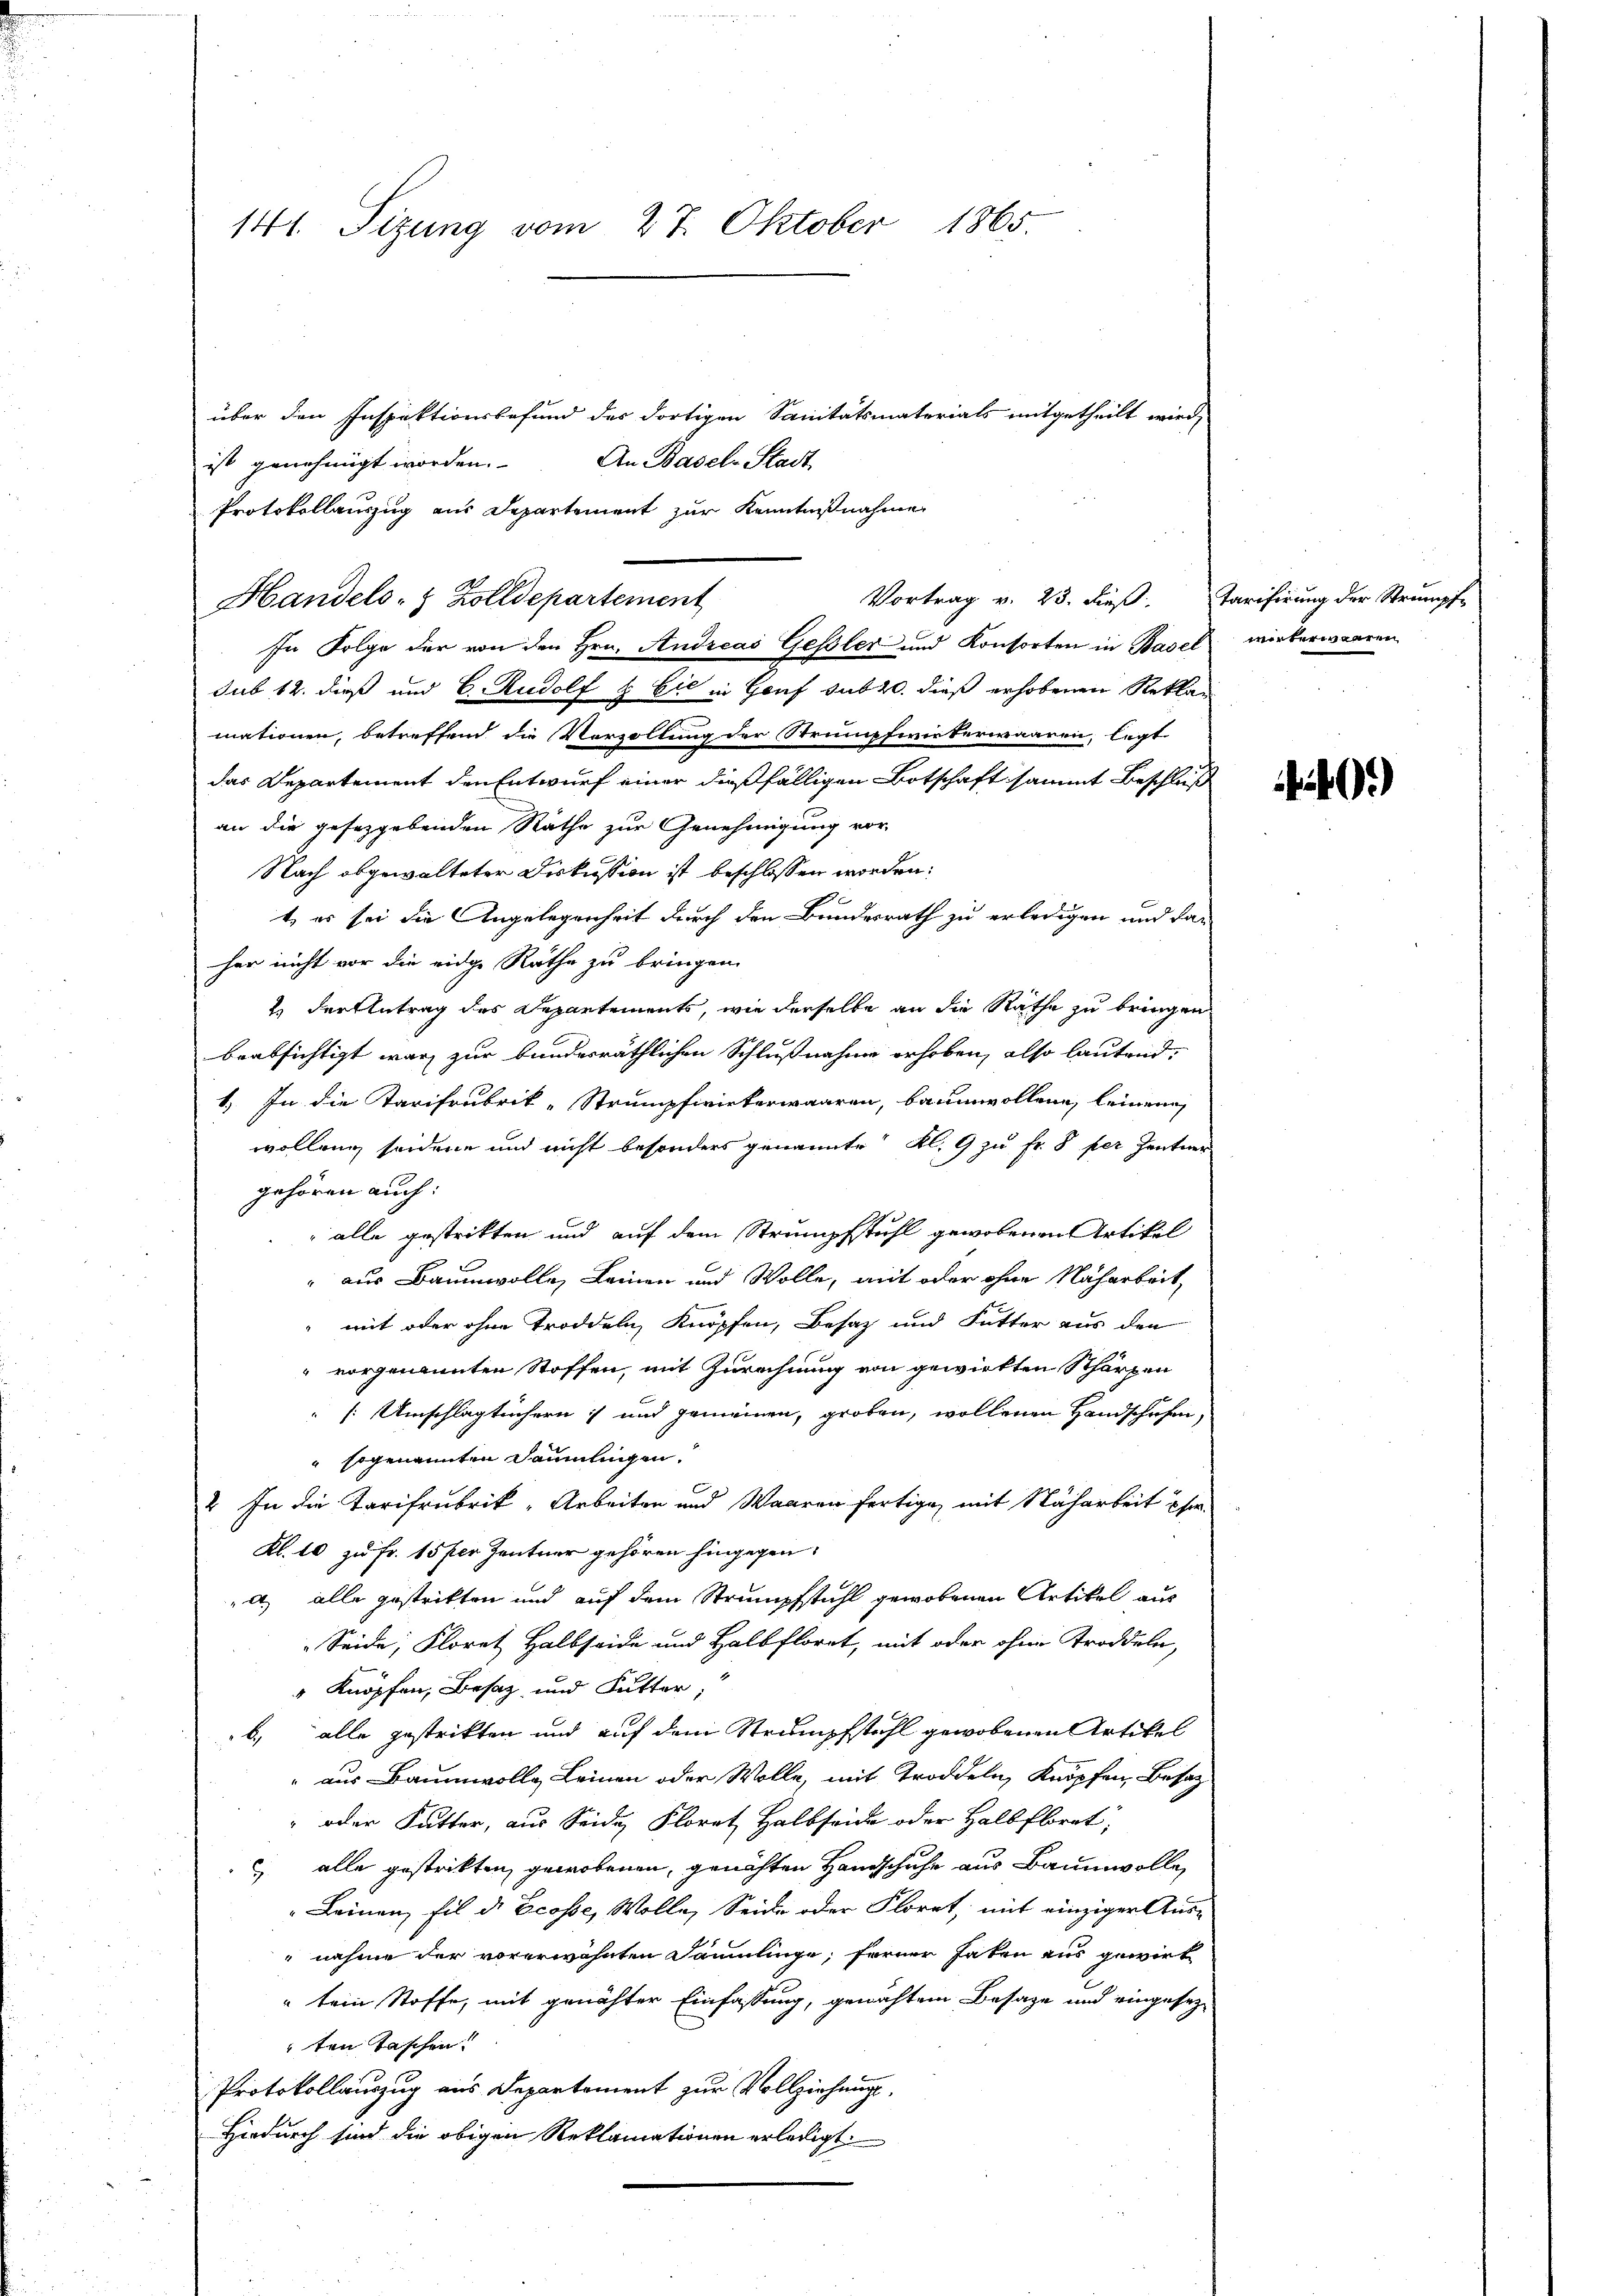
141. Sitzung vom 27. Oktober 1865.

über den Inspektionsbefund des dortigen Sanitätsmaterials mitgetheilt wird,
An Basel-Stadt
ist genehmigt worden.
Protokollauszug aus Departement zur Kenntnißnahme
Vortrag v. 23. dieß. Tarifirung der Strumpf
Handels- & Zolldepartement

In Folge der von den Hrn. Andreas Gessler und Konsorten in Basel wirkerwaaren

sub 12. dieß und C. Rudolf & Cie in Genf sub 20. dieß erhobenen Rekla-
mationen, betreffend die Vorzollung der Strumpfwirkerwaaren, legt
das Departement den Entwurf einer dießfälligen Botschaft sammt Beschluß
an die gesezgebenden Räthe zur Genehmigung vor-
Nach abgewalteter Diskussion ist beschlossen worden:
t, es sei die Angelegenheit durch den Bundesrath zu erledigen und daher nicht vor die eidge Räthe zu bringen.
2.) Der Antrag des Departements, wie derselbe an die Räthe zu bringen
beabsichtigt war zur bundesräthlichen Schlußnahme erhoben, also lautend,
1.) In die Karifrubrik-Strumpfwiekerwaaren, baumwollen, leinen
wollen seidene und nicht besonders genannte Kl. 9 zu Fr. 8 per Zentner
gehören auch:
 alle gestritten und auf dem Strumpfstuhl gewobenen Artikel
" aus Baumwolle, Leinen und Wolle, mit oder ohne Nacharbeit
mit oder ohne Troddeln, Knöpfen, Besaz und Futter aus den
" vorgenannten Stoffen, mit Zurechnung von gewirkten Schärpen
[Umschlagtüchern; und gemeinen, groben, wollenen Handschafen,
" sogenannten Sammlingen.
2 In die Tarifrubrik-Arbeiten und Waaren fertige, mit Nacharbeit Ehre
Kl. 10 zu Fr. 15 per Zentner gehören hingegen.
l, alle gestritten und auf dem Strumpfstuhl gewobenen Artikel aus
Seide, Floret Halbseide und Halbfloret, mit oder ohne Troddeln,
" Knöpfen, Besaz, und Futter,
b., alle gestrikten und auf dem Strumpfstahl gewobenen Artikel
aus Baumwolle Leinen oder Wolle, mit Troddeln, Knöpfen, Besatz
oder Futter, aus Seide Florat Halbseide oder Halbfloret,
 alle gestrikten gewobenen, genähten Handschuhe aus Baumwolle
Leinen, fil d. Ecosse, Wolle, Seide oder Florrt, mit einziger Ausnahme der vorerwähnten Sammlinge, ferner haten aus gewirk
" kein Stoffe, mit genähter Einfassung, gewächtem Besage und eingesezten Taschen!
Protokollauszug aus Departement zur Vollziehungs¬
Hiedurch sind die obigen Reklamationen erledigt

40